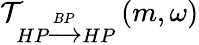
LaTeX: \mathcal{T}_{HP\xrightarrow{BP}HP}\left(m,\omega\right)